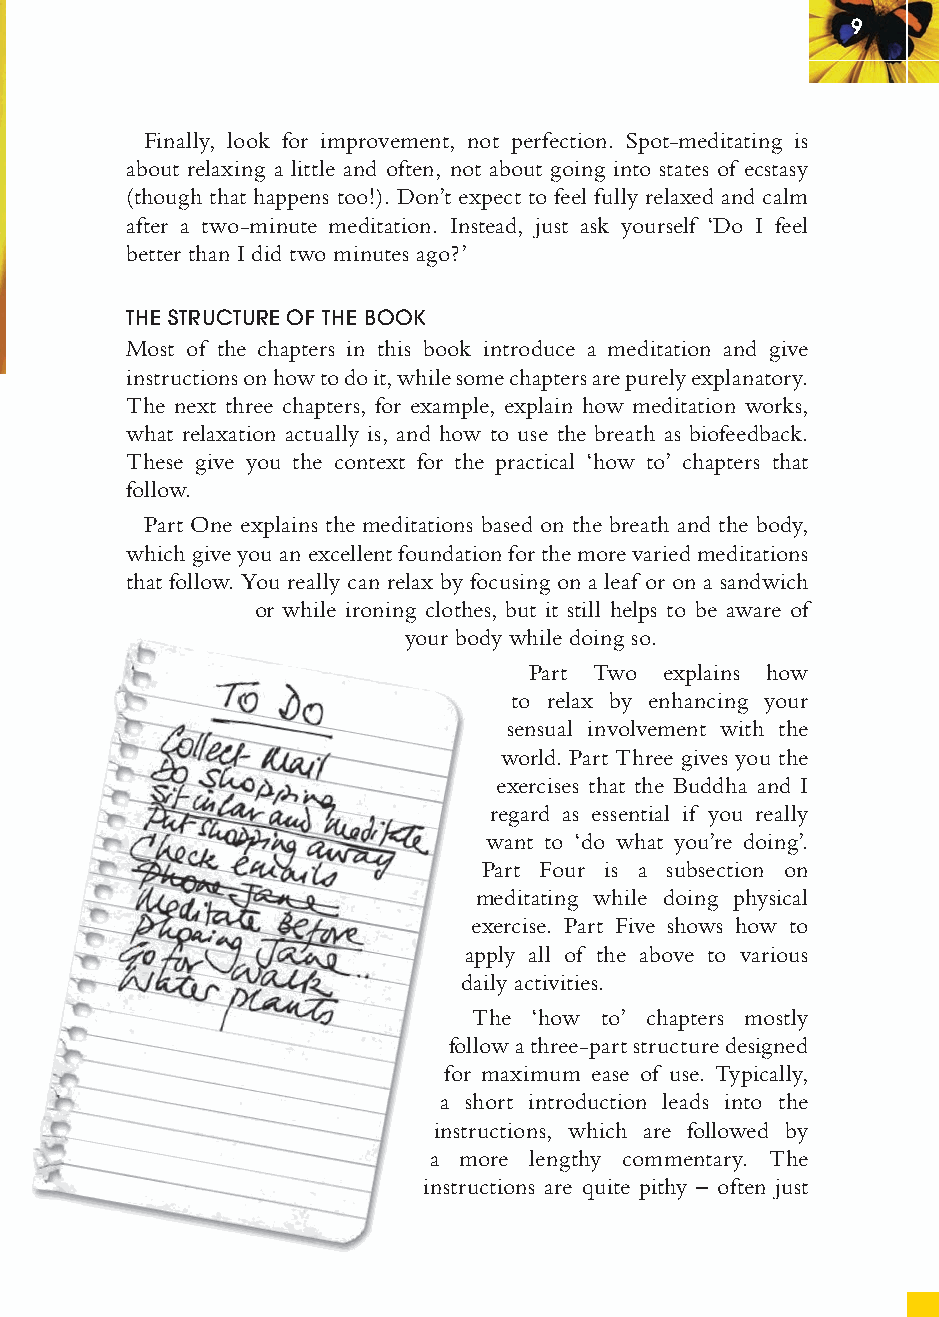
9
 Finally, look for improvement, not perfection. Spot-meditating is
 about relaxing a little and often, not about going into states of ecstasy
 (though that happens too!). Don’t expect to feel fully relaxed and calm
 after a two-minute meditation. Instead, just ask yourself ‘Do I feel
 better than I did two minutes ago?’
 THE STRUCTURE OF THE BOOK
 Most of the chapters in this book introduce a meditation and give
 instructions on how to do it, while some chapters are purely explanatory.
 The next three chapters, for example, explain how meditation works,
 what relaxation actually is, and how to use the breath as biofeedback.
 These give you the context for the practical ‘how to’ chapters that
 follow.
 Part One explains the meditations based on the breath and the body,
 which give you an excellent foundation for the more varied meditations
 that follow. You really can relax by focusing on a leaf or on a sandwich
 or while ironing clothes, but it still helps to be aware of
 your body while doing so.
 Part Two explains how
 to relax by enhancing your
 sensual involvement with the
 world. Part Three gives you the
 exercises that the Buddha and I
 regard as essential if you really
 want to ‘do what you’re doing’.
 Part Four is a subsection on
 meditating while doing physical
 exercise. Part Five shows how to
 apply all of the above to various
 daily activities.
 The ‘how to’ chapters mostly
 follow a three-part structure designed
 for maximum ease of use. Typically,
 a short introduction leads into the
 instructions, which are followed by
 a more lengthy commentary. The
 instructions are quite pithy – often just
 ffiivvee__220000667788..iinndddd SSeecc11::1133     3300//55//0055 55::0033::2211 PPMM